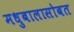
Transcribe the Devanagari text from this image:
मधुबालासोबत